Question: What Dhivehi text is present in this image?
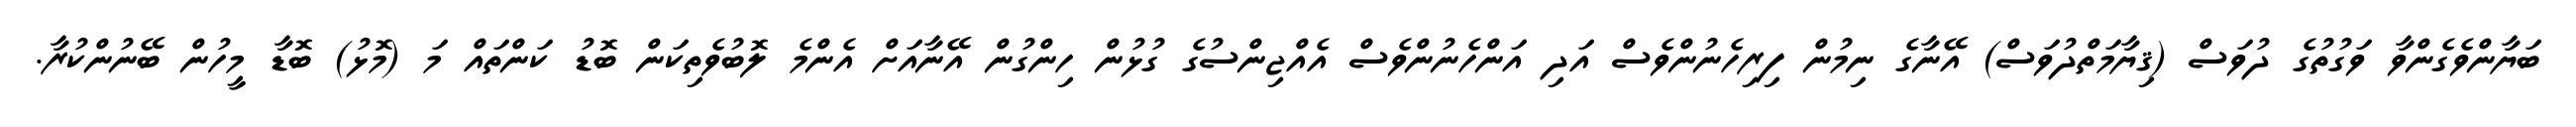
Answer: ބަޔާންވެގެންވާ ވަގުތުގެ ދުވަސް (ޤިޔާމަތްދުވަސް) އޭނާގެ ނިމުން ފިރިހެނުންވެސް އަދި އަންހެނުންވެސް އެއްޖިންސުގެ ގުޅުން ހިންގުން އޭނާއަށް އެންމެ ލޮބުވެތިކަން ބޮޑު ކަންތައް މަ (މޮޅު) ބޮޑާ މީހުން ބޭނުންކުރާ.